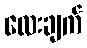
လေးချက်